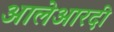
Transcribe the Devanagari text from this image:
आलेआरदी